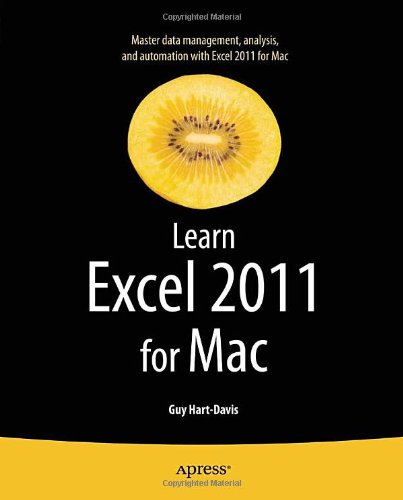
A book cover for Learn Excel 2011 for Mac; Guy Hart-Davis; Computers & Technology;